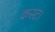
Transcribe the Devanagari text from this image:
क्रस्ट।